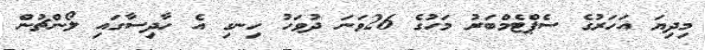
މިދިޔަ އަހަރުގެ ސެޕްޓެމްބަރު މަހުގެ 26ވަނަ ދުވަހު ހިނގި އެ ހާދިސާގައި ލޯންޗުން